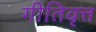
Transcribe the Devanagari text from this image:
गीतिवृत्त